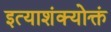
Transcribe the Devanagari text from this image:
इत्याशंक्योक्तं